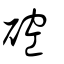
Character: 硿